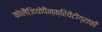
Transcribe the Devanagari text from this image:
कोलैंजियोपैन्क्रियेटोग्राफी